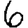
Digit: 6